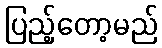
ပြည့်တော့မည်